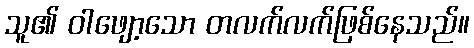
သူ၏ ဝါဖျော့သော တလက်လက်ဖြစ်နေသည်။